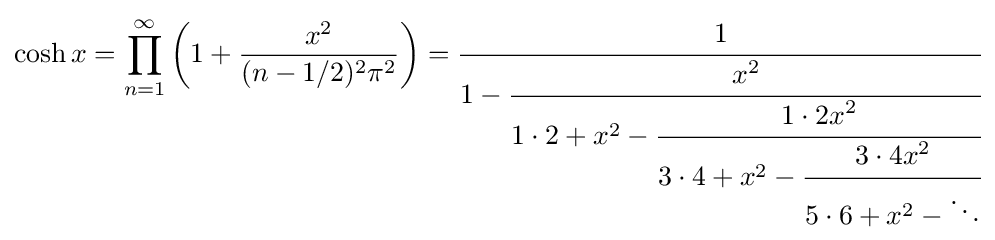
\cosh x=\prod _{n=1}^{\infty }\left(1+{\frac {x^{2}}{(n-1/2)^{2}\pi ^{2}}}\right)={\cfrac {1}{1-{\cfrac {x^{2}}{1\cdot 2+x^{2}-{\cfrac {1\cdot 2x^{2}}{3\cdot 4+x^{2}-{\cfrac {3\cdot 4x^{2}}{5\cdot 6+x^{2}-\ddots }}}}}}}}